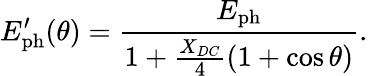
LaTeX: E_{\mathrm{ph}}^{\prime}(\theta)=\frac{E_{\mathrm{ph}}}{1+\frac{X_{DC}}{4}(1+\cos\theta)}.